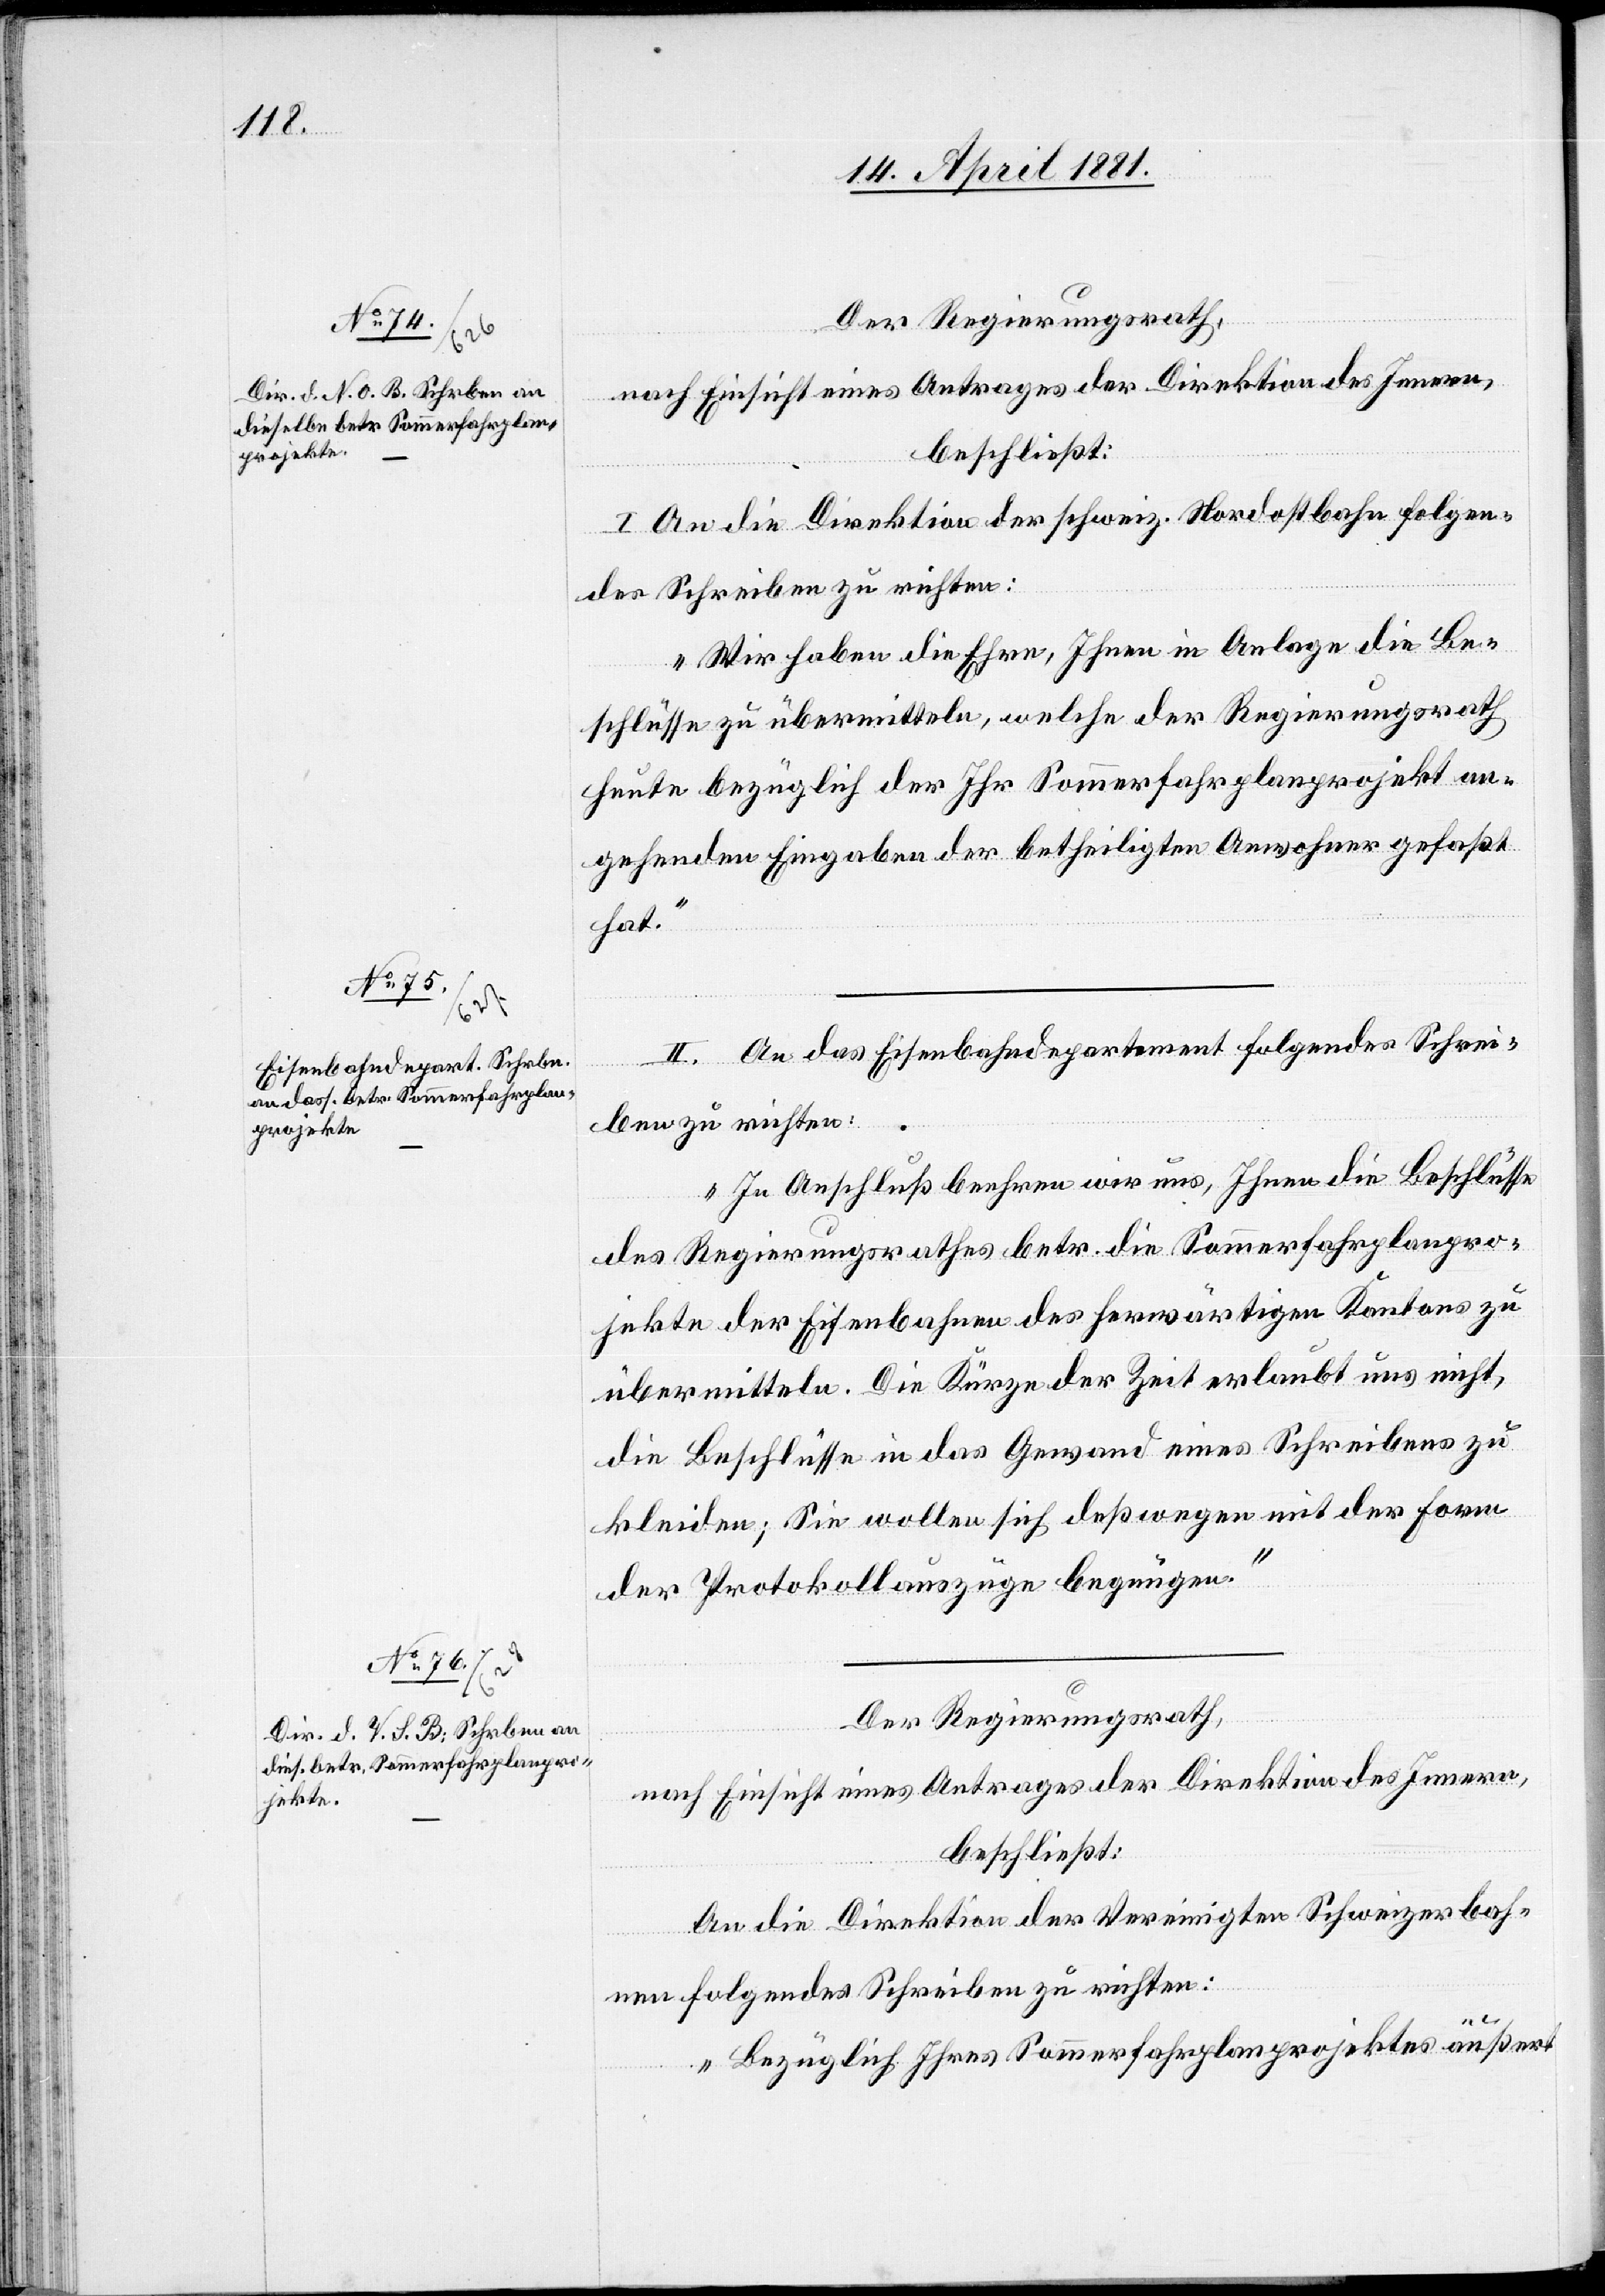
Der Regierungsrath,
nach Einsicht eines Antrages der Direktion des Innern,
beschließt:
I. An die Direktion der Schweiz. Nordostbahn folgen¬
des Schreiben zu richten:
„Wir haben die Ehre, Ihnen in Anlage die Be¬
schlüsse zu übermitteln, welche der Regierungsrath
heute bezüglich der Ihr Sommerfahrplanprojekt an¬
gehenden Eingaben der betheiligten Anwohner gefaßt
hat.“
II. An das Eisenbahndepartement folgendes Schrei¬
ben zu richten:
„In Anschluß beehren wir uns, Ihnen die Beschlüsse
des Regierungsrathes betr. die Sommerfahrplanpro¬
jekte der Eisenbahnen des herwärtigen Kantons zu
übermitteln. Die Kürze der Zeit erlaubt uns nicht,
die Beschlüsse in das Gewand eines Schreibens zu
kleiden; Sie wollen sich deßwegen mit der Form
der Protokollauszüge begnügen.“
Der Regierungsrath,
nach Einsicht eines Antrages der Direktion des Innern,
beschließt:
An die Direktion der Vereinigten Schweizerbah¬
nen folgendes Schreiben zu richten:
„Bezüglich Ihres Sommerfahrplanprojektes äußert